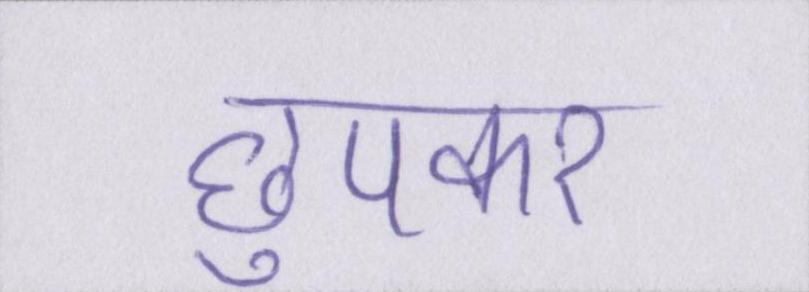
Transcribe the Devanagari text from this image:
छुपकर